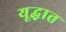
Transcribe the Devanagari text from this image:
यूद्घात